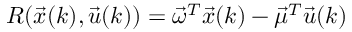
R ( \vec { x } ( k ) , \vec { u } ( k ) ) = \vec { \omega } ^ { T } \vec { x } ( k ) - \vec { \mu } ^ { T } \vec { u } ( k )